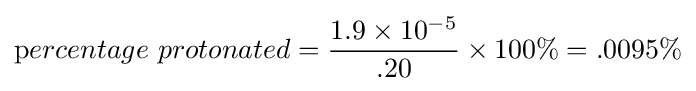
\mathrm {p} ercentage\ protonated={1.9\times 10^{-5} \over .20}\times 100\%=.0095\%